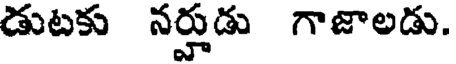
డుటకు నర్హుడు గాజాలడు.